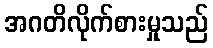
အဂတိလိုက်စားမှုသည်